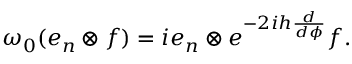
\omega _ { 0 } ( e _ { n } \otimes f ) = i e _ { n } \otimes e ^ { - 2 i h \frac { d } { d \phi } } f .